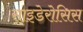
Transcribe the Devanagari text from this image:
साइडेरोसिस